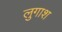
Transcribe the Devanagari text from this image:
लुगाश